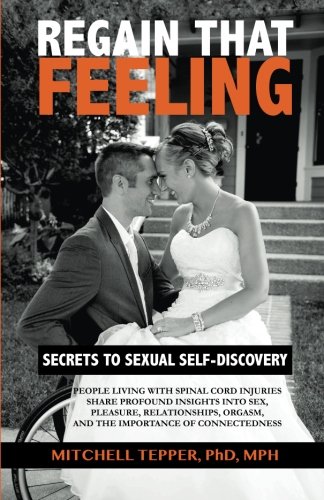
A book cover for Regain That Feeling: Secrets to Sexual Self-Discovery: People Living With Spinal Cord Injuries Share Profound Insights Into Sex, Pleasure, Relationships, Orgasm, and the Importance of Connectedness; Mitchell Tepper PhD; Health, Fitness & Dieting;